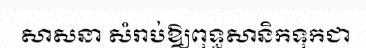
សាសនា សំរាប់ឱ្យពុទ្ធសានិកទុកជា